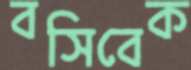
বসিবেক